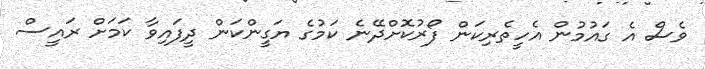
ވެސް އެ ގައުމުން އެހީތެރިކަން ފޯރުކޮށްދޭނެ ކަމުގެ ޔަގީންކަން ދީފައިވާ ކަމަށް ރައީސް